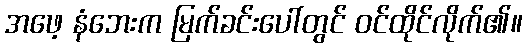
အဖေ့ နံဘေးက မြက်ခင်းပေါ်တွင် ဝင်ထိုင်လိုက်၏။